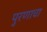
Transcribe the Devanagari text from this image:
पुरणाचा